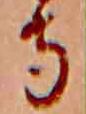
寺